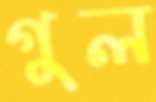
গুল